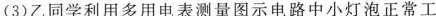
(3)乙同学利用多用电表测量图示电路中小灯泡正常工